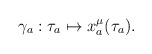
\begin{align*}\gamma _a:\tau _a\mapsto x_a^{\mu}(\tau _{a}).\end{align*}